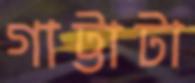
গাট্টাটা